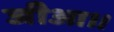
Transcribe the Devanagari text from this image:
जीआ।।